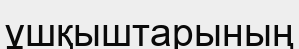
ұшқыштарының